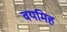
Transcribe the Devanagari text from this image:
वयमिह